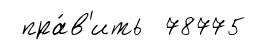
пра́в'ить 78775